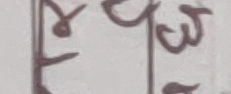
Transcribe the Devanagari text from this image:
कोची